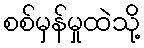
စစ်မှန်မှုထဲသို့